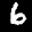
Label: 6